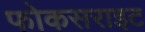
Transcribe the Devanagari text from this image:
फोकसराइट